Annual report on the health of the army in India
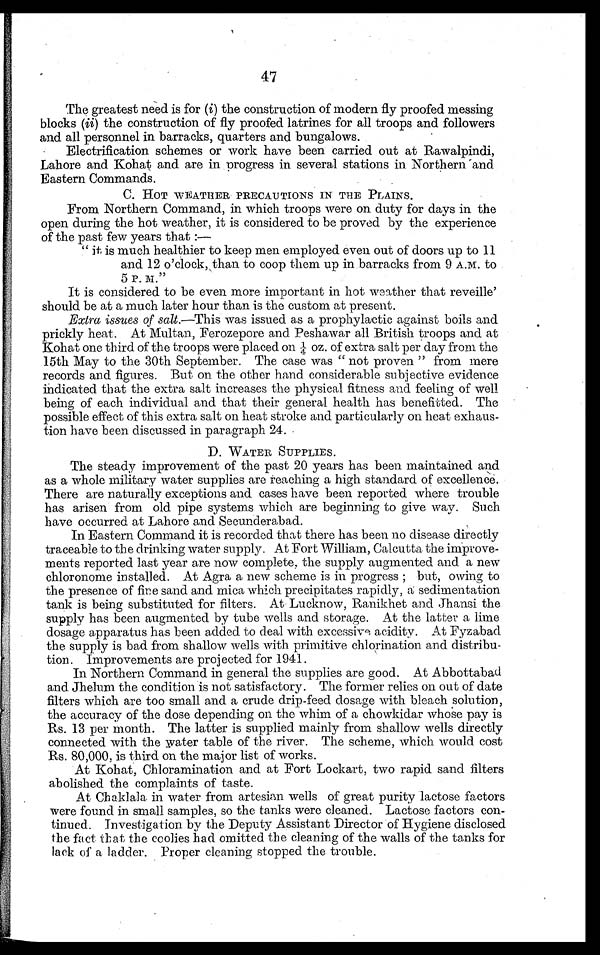
47
The greatest need is for ( i) the construction of modern fly proofed messing
blocks (ii) the construction of fly proofed latrines for all troops and followers
and all personnel in barracks, quarters and bungalows.
Electrification schemes or work have been carried out at Rawalpindi,
Lahore and Kohat and are in progress in several stations in Northern and
Eastern Commands.
C. HOT WEATHER PRECAUTIONS IN THE PLAINS.
From Northern Command, in which troops were on duty for days in the
open during the hot weather, it is considered to be proved by the experience
of the past few years that :—
" i t i s m u c h h e a l t h i e r t o k e e p m e n e m p l o y e d e v e n o u t o f d o o r s u p t o 1 1
and 12 o'clock, than to coop them up in barracks from 9 A.M. to
5 P. M."
It is considered to be even more important in hot weather that reveille'
should be at a much later hour than is the custom at present.
Extra issues of salt.—This was issued as a prophylactic against boils and
prickly heat. At Multan, Ferozepore and Peshawar all British troops and at
Kohat one third of the troops were placed on 1/4oz. of extra salt per day from the
15th May to the 30th September. The case was " not proven " from mere
records and figures. But on the other hand considerable subjective evidence
indicated that the extra salt increases the physical fitness and feeling of well
being of each individual and that their general health has benefitted. The
possible effect of this extra salt on heat stroke and particularly on heat exhaus-
tion have been discussed in paragraph 24.
D. WATER SUPPLIES.
The steady improvement of the past 20 years has been maintained and
as a whole military water supplies are reaching a high standard of excellence.
There are naturally exceptions and cases have been reported where trouble
has arisen from old pipe systems which are beginning to give way. Such
have occurred at Lahore and Secunderabad.
In Eastern Command it is recorded that there has been no disease directly
traceable to the drinking water supply. At Fort William, Calcutta the improve-
ments reported last year are now complete, the supply augmented and a new
chloronome installed. At Agra a new scheme is in progress ; but, owing to
the presence of fine sand and mica which precipitates rapidly, a sedimentation
tank is being substituted for filters. At . Lucknow, Ranikhet and Jhansi the
supply has been augmented by tube wells and storage. At the latter a lime
dosage apparatus has been added to deal with excessivea c i d i t y . A t F y z a b a d
the supply is bad from shallow wells with primitive chlorination and distribu-
tion. Improvements are projected for 1941.
In Northern Command in general the supplies are good. At Abbottabad
and Jhelum the condition is not satisfactory. The former relies on out of date
filters which are too small and a crude drip-feed dosage with bleach solution,
the accuracy of the dose depending on the whim of a chowkidar whose pay is
Rs. 13 per month. The latter is supplied mainly from shallow wells directly
connected with the water table of the river. The scheme, which would cost
Rs. 80,000, is third on the major list of works.
At Kohat, Chloramination and at Fort Lockart, two rapid sand filters
abolished the complaints of taste.
At Chaklala in water from artesian wells of great purity lactose factors
were found in small samples, so the tanks were cleaned. Lactose factors con-
- t i n u e d . i n v e s t i g a t i o n b y t h e D e p u t y A s s i s t a n t D i r e c t o r o f H y g i e n e d i s c l o s e d
the fact that the coolies had omitted the cleaning of the walls of the tanks for
lack of a ladder. Proper cleaning stopped the trouble.